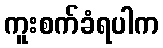
ကူးစက်ခံရပါက